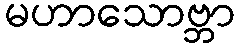
မဟာသောဗ္ဘာ